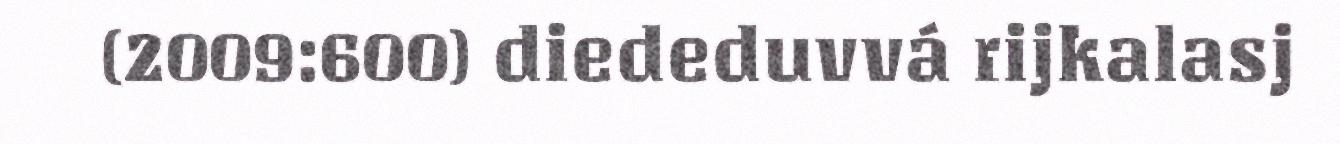
(2009:600) diededuvvá rijkalasj